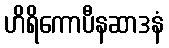
ဟိရိကောပီနဆာဒနံ